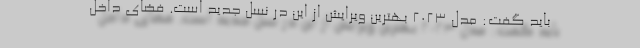
باید گفت: مدل 2023 بهترین ویرایش از این در نسل جدید است. فضای داخل